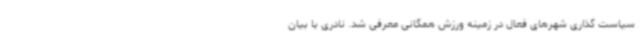
سیاست گذاری شهرهای فعال در زمینه ورزش همگانی معرفی شد. نادری با بیان